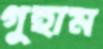
গুহাম